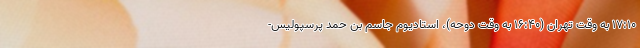
۱۷:۱۰ به وقت تهران (۱۶:۴۰ به وقت دوحه)، استادیوم جاسم بن حمد پرسپولیس-